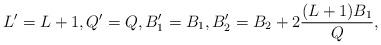
LaTeX: \begin{align*} L' = L+1, Q' = Q, B'_1 = B_1, B'_2 = B_2 + 2 \frac{(L+1)B_1}{Q},\end{align*}